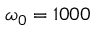
\omega _ { 0 } = 1 0 0 0